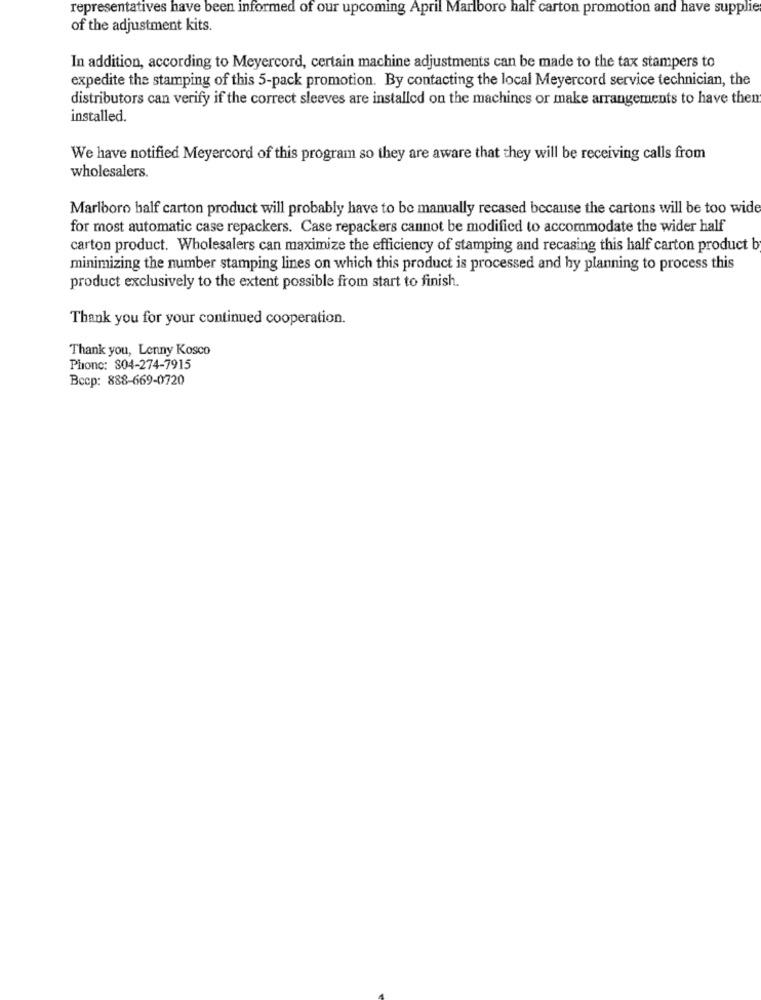
representatives have been informed of our upcoming April Marlboro half carton promotion and have supplie
of the adjustment kits.
In addition, according to Meyercord, certain machine adjustments can be made to the tax stampers to
expedite the stamping of this 5-pack promotion. By contacting the local Meyercord service technician, the
distributors can verify if the correct sleeves are installed on the machines or make arrangements to have them
installed.
We have notified Meyercord of this program so they are aware that they will be receiving calls from
wholesalers.
Marlboro half carton product will probably have to be manually recased because the cartons will be too wide
for most automatic case repackers. Case repackers cannot be modified to accommodate the wider half
carton product. Wholesalers can maximize the efficiency of stamping and recasing this half carton product b
minimizing the number stamping lines on which this product is processed and hy planning to process this
product exclusively to the extent possible from start to finish.
Thank you for your continued cooperation.
Thank you, Lenny Kosco
Phone: $04-274-7915
Bccp: 888-669-0720